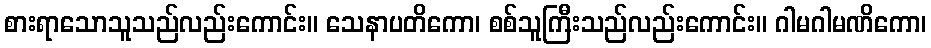
စားရာသောသူသည်လည်းကောင်း။ သေနာပတိကော၊ စစ်သူကြီးသည်လည်းကောင်း။ ဂါမဂါမဏိကော၊